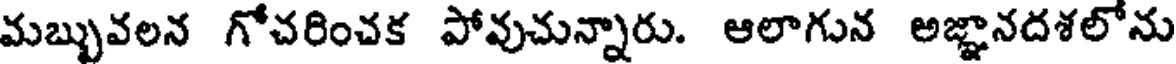
మబ్బువలన గోచరించక పోవుచున్నారు. ఆలాగున అజ్ఞానదశలోను